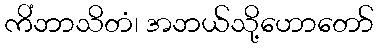
ကိံဘာသိတံ၊ အဘယ်သို့ဟောတော်